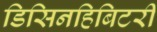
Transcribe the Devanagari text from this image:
डिसिनहिबिटरी